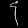
Digit: ၄